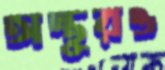
অন্তুরও